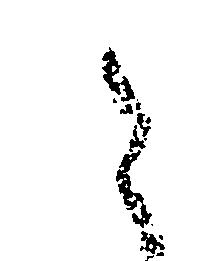
と